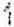
1